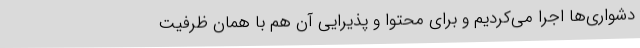
دشواری‌ها اجرا می‌کردیم و برای محتوا و پذیرایی آن هم با همان ظرفیت